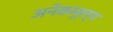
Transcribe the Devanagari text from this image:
अनेकमुल्य